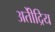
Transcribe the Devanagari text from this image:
अतीेंद्रिय